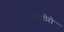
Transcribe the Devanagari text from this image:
ट्राईक्लोरो